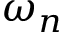
\omega _ { n }